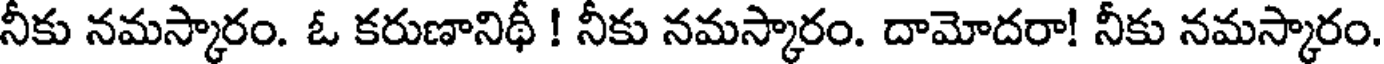
నీకు నమస్కారం. ఓ కరుణానిథీ ! నీకు నమస్కారం. దామోదరా! నీకు నమస్కారం